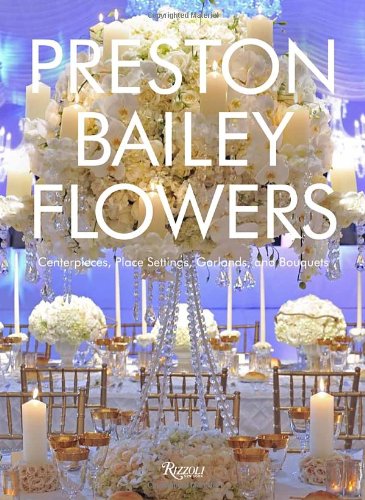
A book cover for Preston Bailey Flowers: Centerpieces, Place Setting, Ceremonies, and Parties; Preston Bailey; Crafts, Hobbies & Home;